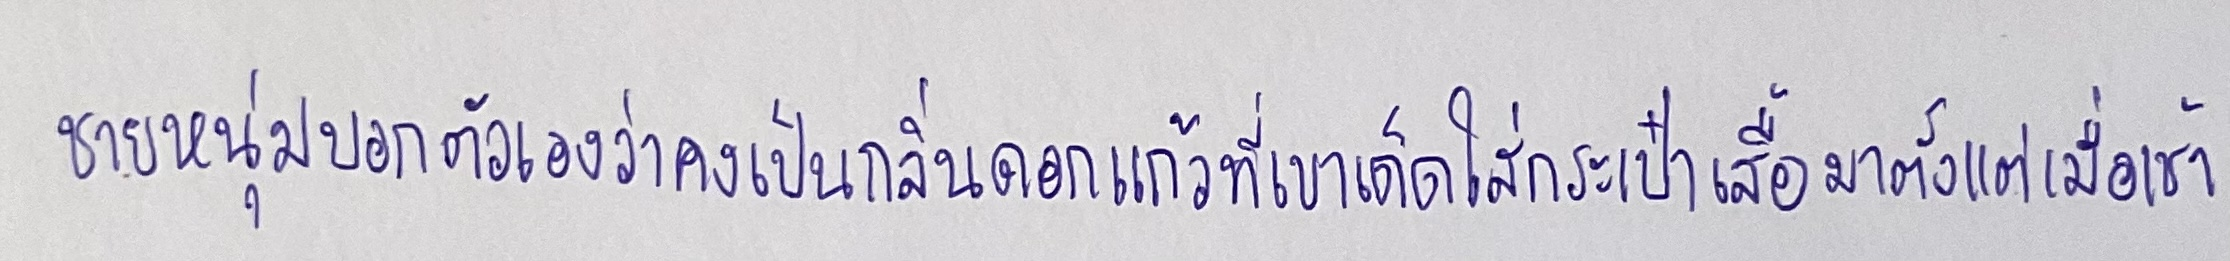
ชายหนุ่มบอกตัวเองว่าคงเป็นกลิ่นดอกแก้วที่เขาเด็ดใส่กระเป๋าเสื้อมาตั้งแต่เมื่อเช้า